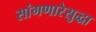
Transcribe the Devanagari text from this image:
सांगणारेसुद्धा